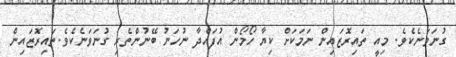
ގުނަވަނެކެވެ. މިއީ ތައިރޮޒައިން ނަމަކަށް ކިޔާ ހޯމޯން އުފައްދާ ނުހަނު ބޭނުންތެރި ގުނަވަނެކެވެ.ތައިރޮޒައިން